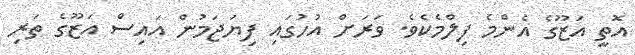
އޮތީ އަޒޫގެ އެންމެ ފިލްމެކެވެ. ވަރަށް އުހުގައި ފިޔަޖަމުން އައިސް އަޒޫގެ ތަރި